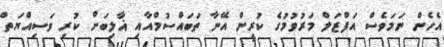
އެހެން ނަމަވެސް އަފްޒަލް މަރުވުމުގެ ކުރީން އޭނާ ތަބައްސުމްއާއި ޣާލިބަށް ކުރި ވަސިއްޔަތް